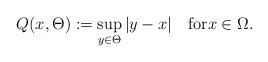
LaTeX: \begin{align*}Q(x,\Theta):=\sup_{y\in\Theta}|y-x|\quad\mbox{for}x\in\Omega.\end{align*}